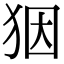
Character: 𤝱